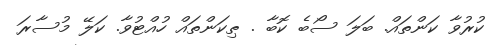
ކުރުވާ ކަންތައް. ބަލަ ސޯބެ ކޮބާ . ޠިކަންތައް ހުއްޓުވާ. ކަލޭ މުސާރަ